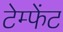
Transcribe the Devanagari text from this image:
टेम्फेंट